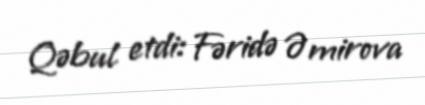
Qəbul etdi: Fəridə Əmirova